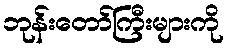
ဘုန်းတော်ကြီးများကို